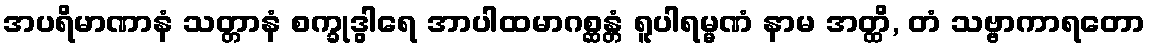
အပရိမာဏာနံ သတ္တာနံ စက္ခုဒွါရေ အာပါထမာဂစ္ဆန္တံ ရူပါရမ္မဏံ နာမ အတ္ထိ, တံ သဗ္ဗာကာရတော